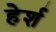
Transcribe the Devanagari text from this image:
हेर्श